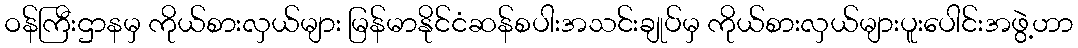
ဝန်ကြီးဌာနမှ ကိုယ်စားလှယ်များ မြန်မာနိုင်ငံဆန်စပါးအသင်းချုပ်မှ ကိုယ်စားလှယ်များပူးပေါင်းအဖွဲ့ဟာ